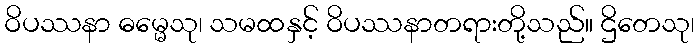
ဝိပဿနာ ဓမ္မေသု၊ သမထနှင့် ဝိပဿနာတရားတို့သည်။ ဌိတေသု၊